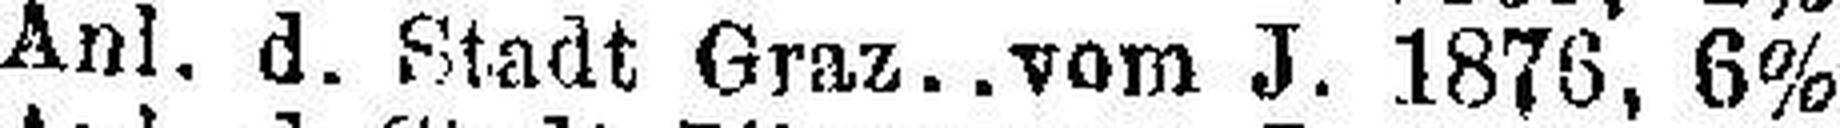
Anl. d. Stadt Graz vom J. 1876, 6%